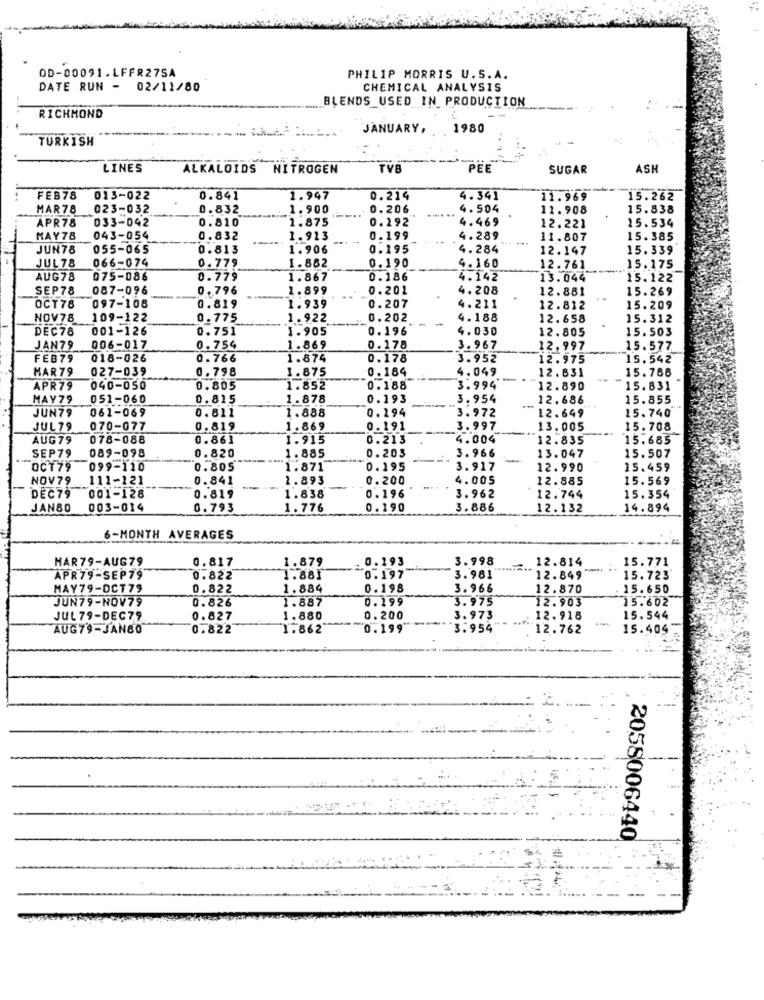
OD-00091.LFFR275A
PHILIP MORRIS U.S.A.
DATE RUN - 02/11/80
CHEMICAL ANALYSIS
BLENDS_USED IN PRODUCTION
RICHMOND
JANUARY ..
1980
TURKISH
LINES
ALKALOIDS NITROGEN
PEE
SUGAR
ASH
FEB78
013-022
0.841
1.947
0.214
4.341
11.969
15.262
MAR78
023-032
0.832
1.900
0.206
4.504
11.908
15.838
0.810
0.292
4.469
15.534
APR78
033-042
1.875
12.221
MAY78
043-054
0.832
1.913
0.199
4.289
---
11.807
15.385
JUN78
055-065
0.813
1.906
0.195
4.284
12.147
15.339
066-074
0.779
0.190
JUL78
1.882
4.160
12.761
15.175
AUG78
075-086
0.779
1.867
0.186
4.142
13.044
15.122
SEP78
087-096
0.796
1.899
0.201
4.208
12.881
15.269
OCT78
097-108
0.819
1.939
0.207
4.211
12.812
15.209
NOV78
109-122
0.775
1.922
0.202
4.188
12.658
15.312
DEC78
001-126
0.751
1.905
0.196
4.030
12.805
15.503
JAN79
006-017
0.754
1.869
0.178
3.967
12.997
15.577
FEB79
018-026
0.766
1.874
0.178
3.952
12.975
15.542
MAR79
027-039
0.798
1.875
0.184
4.049
12.833
15.786
APR79
040-050
0.805
1.852
0.188
3.994
12.890
15.831
MAY79
051-060
0.815
1.878
0.193
3.954
12.686
15.855
JUN79
0.811
1.888
0.194
3.972
061-069
12.649
15.740
JUL79
070-077
0.819
1.869
0.191
3.997
13.005
15.708
AUG79
078-088
0.861
1.915
0.213
4.004
12.835
15.685
SEP79
089-098
0.203
3.966
13.047
0.820
1.885
15.507
OCT79
099-110
0.805
1.871
0.195
3.917
12.990
15.459
NOV79
111-121
0.841
1.893
0.200
4.005
12.885
15.569
0.819
0.196
DEC79
001-128
1.838
3.962
12.744
15.354
JAN80
003-014
0.793
1.776
0.190
3.886
12.132
14.894
6-MONTH AVERAGES
HAR 79-AUG79
0.817
1.879
0.193
3.998
12.814
15.771
0.197
APR79-SEP79
0.822
1.88]
3.981
12.849"
15.723
MAY79-OCT79
0.822
1.884
0.198
3.966
12.870
15.650
JUN79-NOV79
0.826
1.887
0.199
3.975
12.903
15.602
JUL79-DEC79
0.827
1.880
0.200
3.973
12.918
15.544
AUG79-JAN80
0.822
1.862"
0.199'
3.954
12.762
15.409
2058006440